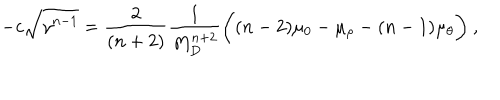
- c \sqrt { \gamma ^ { n - 1 } } = \frac { 2 } { ( n + 2 ) } \frac { 1 } { M _ { D } ^ { n + 2 } } \bigg ( ( n - 2 ) \mu _ { 0 } - \mu _ { \rho } - ( n - 1 ) \mu _ { \theta } \bigg ) ~ ,